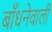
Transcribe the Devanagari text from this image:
बाँधनेवाली